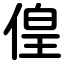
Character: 偟